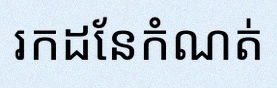
រកដែនកំណត់